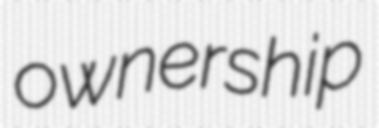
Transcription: ownership